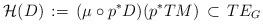
LaTeX: \begin{align*}{\mathcal H}(D)\, :=\, (\mu\circ p^*D) (p^*TM)\, \subset\, TE_G\end{align*}